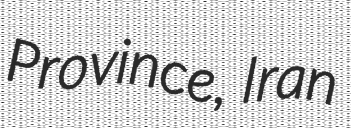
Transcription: Province, Iran